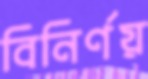
বিনির্ণয়